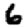
Digit: 6